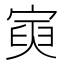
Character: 𡩟